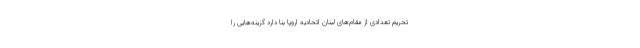
تحریم تعدادی از مقام‌های لبنان اتحادیه اروپا بنا دارد گزینه‌هایی را